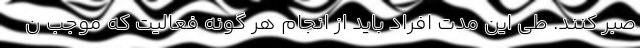
صبر کنند. طی این مدت افراد باید از انجام هر گونه فعالیت که موجب ن